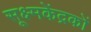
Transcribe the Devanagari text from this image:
सूक्ष्मकेंद्रकों